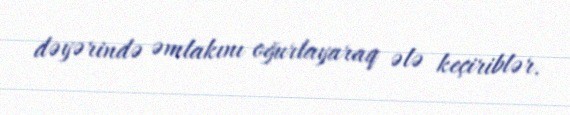
dəyərində əmlakını oğurlayaraq ələ keçiriblər.